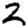
Digit: 2